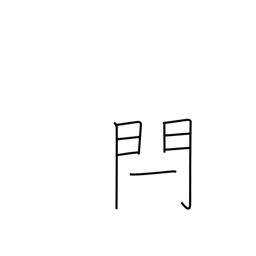
Meaning: gate bar